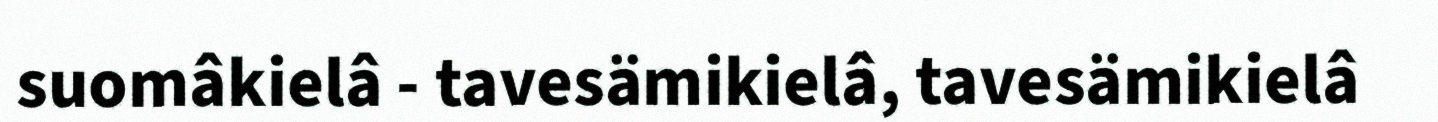
suomâkielâ - tavesämikielâ, tavesämikielâ